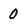
Character: 0